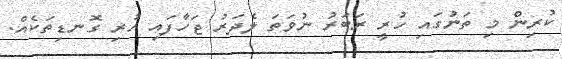
ކުރިން މި ތަނުގައި ހުރީ ރަބަރު ނުވަތަ ލެދަރު ޖަހާފައި ހުރި ގޮނޑިތަކެއް.